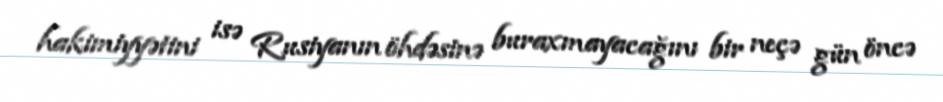
hakimiyyətini isə Rusiyanın öhdəsinə buraxmayacağını bir neçə gün öncə